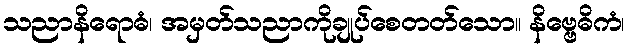
သညာနိရောဓံ၊ အမှတ်သညာကိုချုပ်စေတတ်သော။ နိဗ္ဗေဓိကံ၊